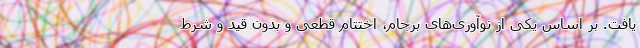
یافت. بر اساس یکی از نوآوری­‌های برجام، اختتام قطعی و بدون قید و شرط